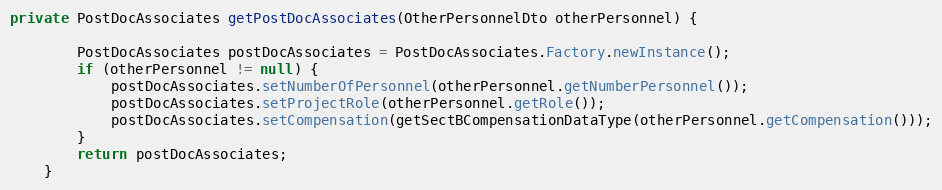
Language: Java
private PostDocAssociates getPostDocAssociates(OtherPersonnelDto otherPersonnel) {

        PostDocAssociates postDocAssociates = PostDocAssociates.Factory.newInstance();
        if (otherPersonnel != null) {
            postDocAssociates.setNumberOfPersonnel(otherPersonnel.getNumberPersonnel());
            postDocAssociates.setProjectRole(otherPersonnel.getRole());
            postDocAssociates.setCompensation(getSectBCompensationDataType(otherPersonnel.getCompensation()));
        }
        return postDocAssociates;
    }